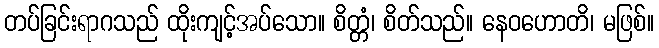
တပ်ခြင်းရာဂသည် ထိုးကျင့်အပ်သော။ စိတ္တံ၊ စိတ်သည်။ နေဝဟောတိ၊ မဖြစ်။